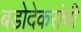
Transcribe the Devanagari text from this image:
बडोदेकरांची